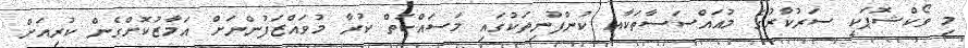
މި ވޯކްޝޮޕަކީ ސަރުކާރުގެ މުއައްސަސާތަކާއި ކުންފުނިތަކުގައި މަސައްކަތް ކުރާ މުވައްޒަފުންނަށް އަމާޒުކޮށްގެން ކުރިއަށް